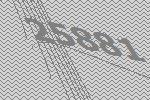
25881